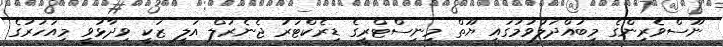
ނޫސްވެރިންގެ މިބައްދަލުވުމުގައި ޔޫތް މިނިސްޓްރީގެ ޑިރެކްޓަރު ޖެނެރަލް އަލީ ޒަކީ ވިދާޅުވީ މިއަހަރުގެ